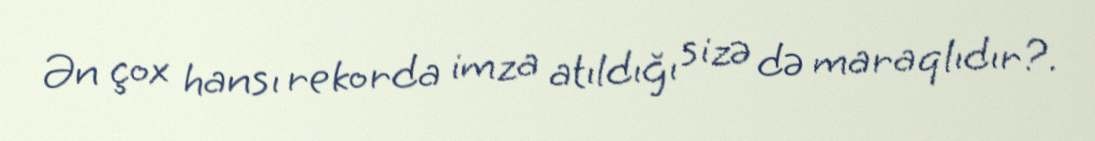
Ən çox hansı rekorda imza atıldığı sizə də maraqlıdır?.